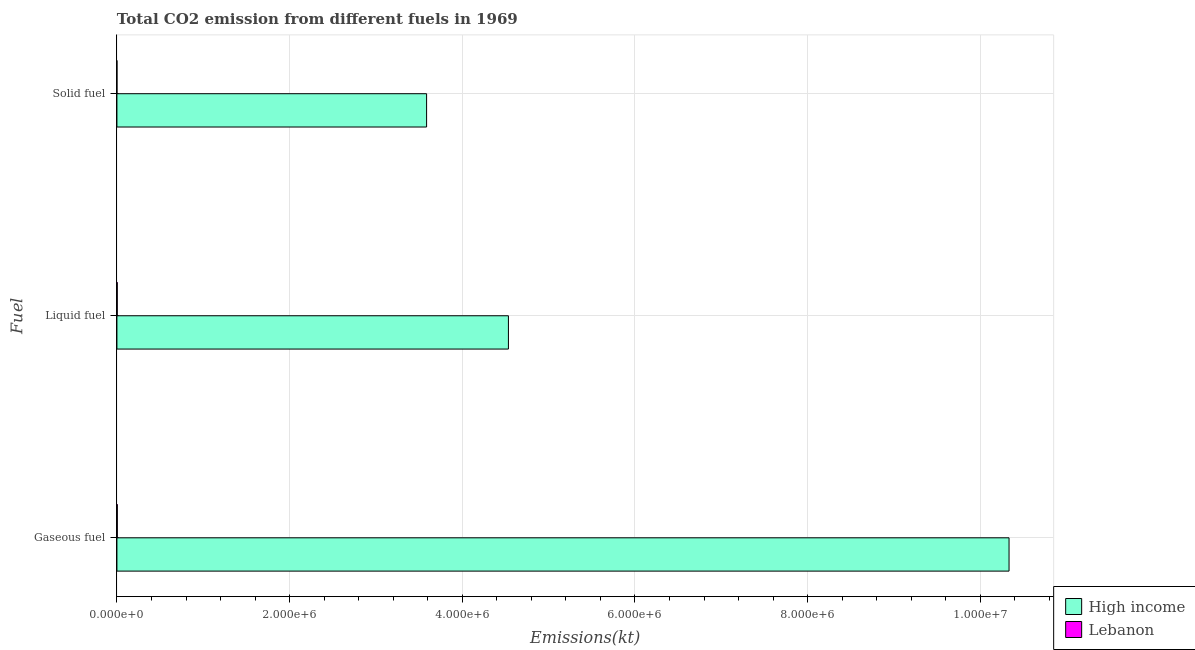
| Fuel | High income | Lebanon |
 | --- | --- | --- |
 | Gaseous fuel | 1.03e+07 | 4.35e+03 |
 | Liquid fuel | 4.53e+06 | 3.7e+03 |
 | Solid fuel | 3.59e+06 | 25.7 |